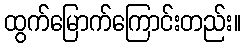
ထွက်မြောက်ကြောင်းတည်း။